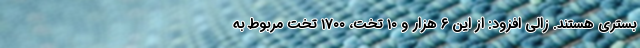
بستری هستند. زالی افزود: از این ۶ هزار و ۱۰ تخت، ۱۷۰۰ تخت مربوط به